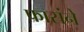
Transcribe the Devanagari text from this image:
फासंने